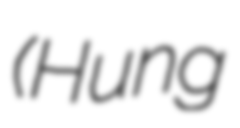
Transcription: (Hung